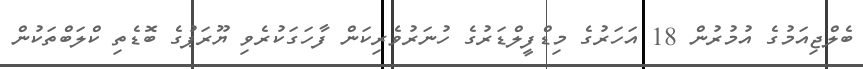
ބެލްޖިއަމުގެ އުމުރުން 18 އަހަރުގެ މިޑްފީލްޑަރުގެ ހުނަރުވެރިކަން ފާހަގަކުރެވި ޔޫރަޕުގެ ބޮޑެތި ކްލަބްތަކުން